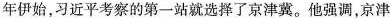
年伊始，习近平考察的第一站就选择了京津冀。他强调，京津